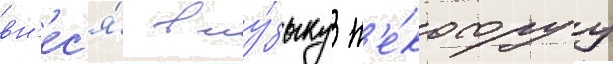
вн'ес'я́ в му́зыку н'е́которуу